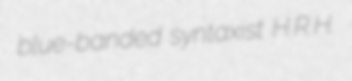
blue-banded syntaxist H.R.H.